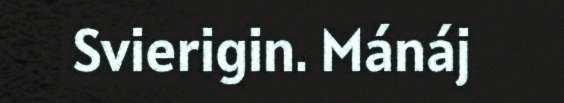
Svierigin. Mánáj